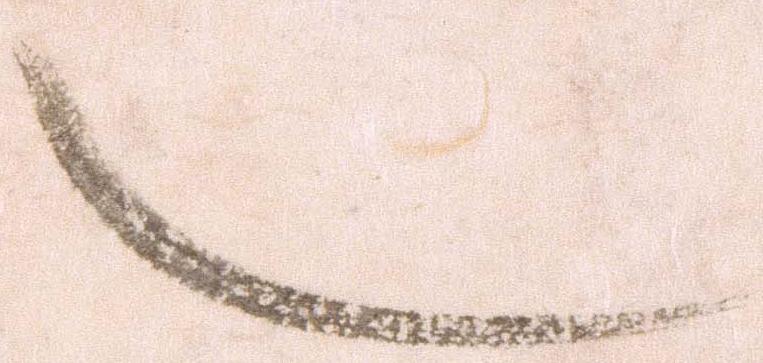
也